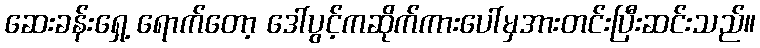
ဆေးခန်းရှေ့ ရောက်တော့ ဒေါ်ပွင့်ကဆိုက်ကားပေါ်မှအားတင်းပြီးဆင်းသည်။